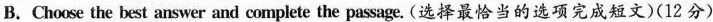
B、Choose the best answer and complete the passage.(选择最恰当的选项完成短文)(12 分)